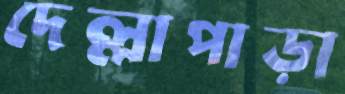
দেল্লাপাড়া